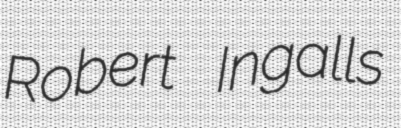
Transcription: Robert Ingalls